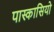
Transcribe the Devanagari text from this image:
पास्कासियो